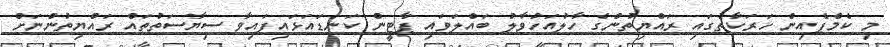
މި ކެމްޕެއިން ހަރަކާތުގައި ރައްޔިތުންގެ ހާލުއަހުވާލު ބައްލަވައި ޕާޓީން ކަނޑައަޅައިފައިވާ ސިޔާސަތުތައް ރައްޔިތުންނަށް